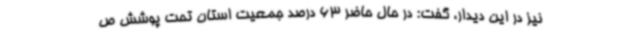
نیز در این دیدار، گفت: در حال حاضر 63 درصد جمعیت استان تحت پوشش ص